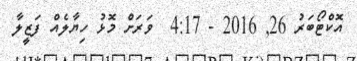
އޮކްޓޯބަރު 26